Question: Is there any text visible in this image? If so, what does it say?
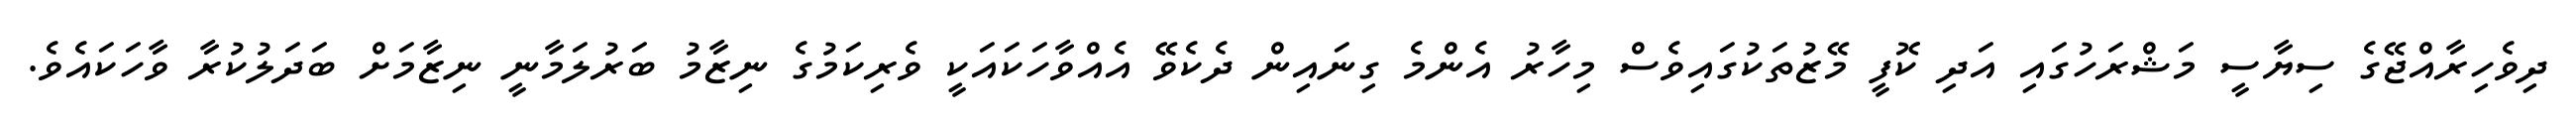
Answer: ދިވެހިރާއްޖޭގެ ސިޔާސީ މަޝްރަހުގައި އަދި ކޮފީ މޭޒުތަކުގައިވެސް މިހާރު އެންމެ ގިނައިން ދެކެވޭ އެއްވާހަކައަކީ ވެރިކަމުގެ ނިޒާމު ބަރުލަމާނީ ނިޒާމަށް ބަދަލުކުރާ ވާހަކައެވެ.